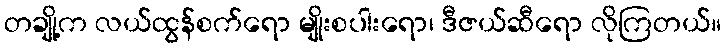
တချို့က လယ်ထွန်စက်ရော မျိုးစပါးရော၊ ဒီဇယ်ဆီရော လိုကြတယ်။